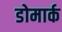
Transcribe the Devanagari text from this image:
डोमार्क